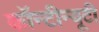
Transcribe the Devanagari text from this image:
कॉन्टीन्यूटी